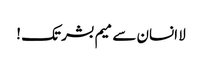
لا انسان سے میم بشر تک !